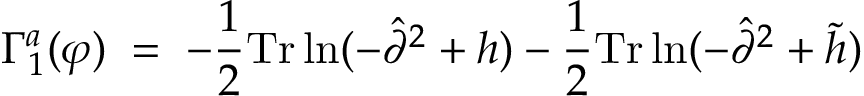
\Gamma _ { 1 } ^ { a } ( \varphi ) \; = \; - \frac { 1 } { 2 } \mathrm { T r } \ln ( - { \hat { \partial } } ^ { 2 } + h ) - \frac { 1 } { 2 } \mathrm { T r } \ln ( - { \hat { \partial } } ^ { 2 } + { \tilde { h } } )